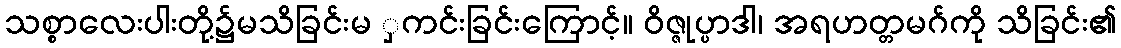
သစ္စာလေးပါးတို့၌မသိခြင်းမ ှကင်းခြင်းကြောင့်။ ဝိဇ္ဇုပ္ပာဒါ၊ အရဟတ္တမဂ်ကို သိခြင်း၏